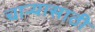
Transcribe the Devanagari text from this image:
चार्‍यासाठी